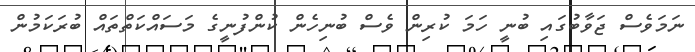
ނަމަވެސް ޖަވާބުގައި ބުނީ ހަމަ ކުރިން ވެސް ބުނިހެން ކުންފުނީގެ މަސައްކަތްތައް ބުރަކަމުން